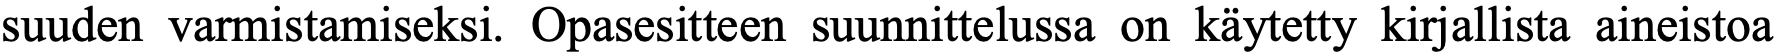
suuden varmistamiseksi. Opasesitteen suunnittelussa on käytetty kirjallista aineistoa